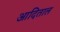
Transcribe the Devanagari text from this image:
आदिताल